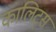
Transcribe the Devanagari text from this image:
कालिट्स